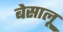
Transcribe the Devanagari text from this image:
बेसालू